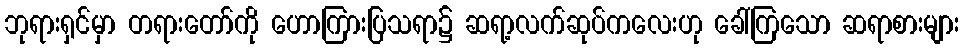
ဘုရားရှင်မှာ တရားတော်ကို ဟောကြားပြသရာ၌ ဆရာ့လက်ဆုပ်ကလေးဟု ခေါ်ကြသော ဆရာစားများ